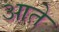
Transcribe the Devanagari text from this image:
आते